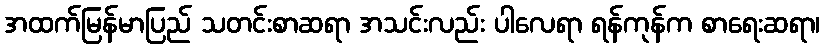
အထက်မြန်မာပြည် သတင်းစာဆရာ အသင်းလည်း ပါလေရာ ရန်ကုန်က စာရေးဆရာ၊